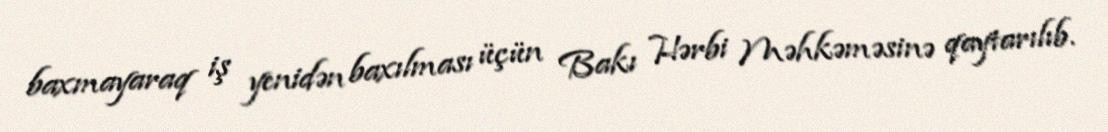
baxmayaraq iş yenidən baxılması üçün Bakı Hərbi Məhkəməsinə qaytarılıb.